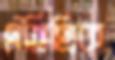
ঐতিহ্যিক